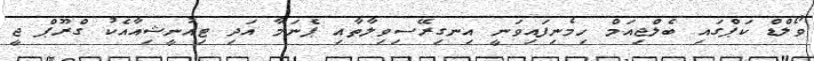
ވޯލްޑް ކަޕްގައި ބެލްޖިއަމް ހިމެނިފައިވަނީ އިނގިރޭސިވިލާތާއި ޕެނަމާ އަދި ޓިއުނީޝިއާއެކު ގްރޫޕް ޖީ